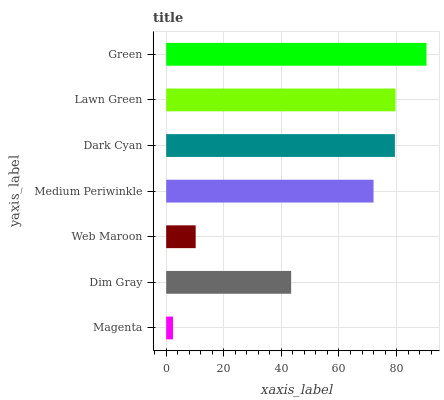
| yaxis_label | bars |
 | --- | --- |
 | Magenta | 2.38 |
 | Dim Gray | 43.4 |
 | Web Maroon | 10.2 |
 | Medium Periwinkle | 72 |
 | Dark Cyan | 79.4 |
 | Lawn Green | 79.6 |
 | Green | 90.4 |